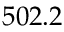
5 0 2 . 2